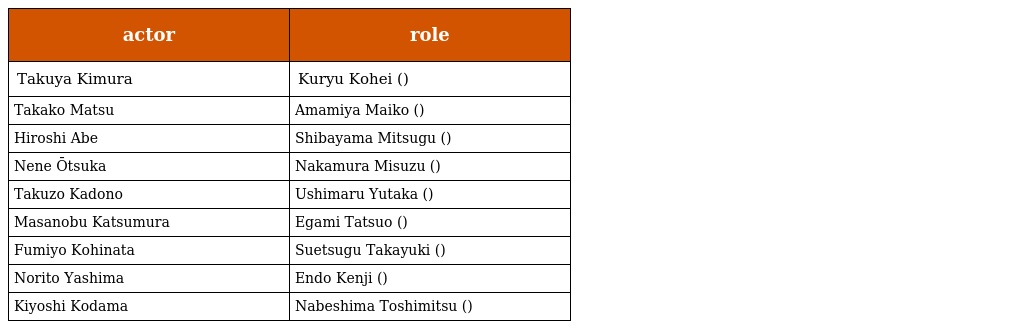
| actor | role |
 | --- | --- |
 | Takuya Kimura | Kuryu Kohei (久利生公平) |
 | Takako Matsu | Amamiya Maiko (雨宮舞子) |
 | Hiroshi Abe | Shibayama Mitsugu (芝山　貢) |
 | Nene Ōtsuka | Nakamura Misuzu (中村美鈴) |
 | Takuzo Kadono | Ushimaru Yutaka (牛丸　豊) |
 | Masanobu Katsumura | Egami Tatsuo (江上達夫) |
 | Fumiyo Kohinata | Suetsugu Takayuki (末次隆之) |
 | Norito Yashima | Endo Kenji (遠藤賢司) |
 | Kiyoshi Kodama | Nabeshima Toshimitsu (鍋島利光) |